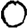
Digit: 0